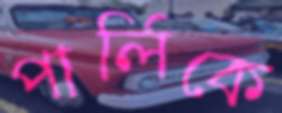
পার্লিকে